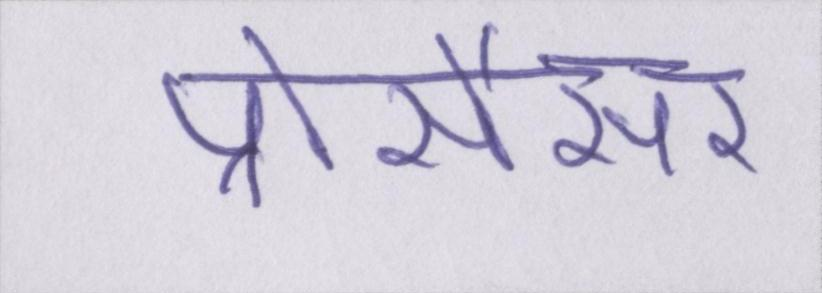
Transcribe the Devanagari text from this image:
प्रोसैसर